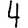
Digit: 4